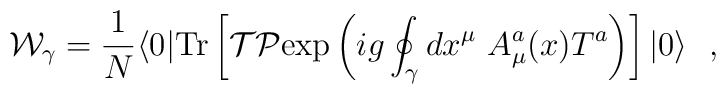
{\cal W}_\gamma = {1\over N} \langle 0| {\rm Tr}\left[ {\cal T}{\cal P} {\rm exp} \left( ig \oint_\gamma dx^\mu \ A^a_\mu (x) T^a \right)\right]|0\rangle \ \ ,